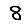
Digit: 8